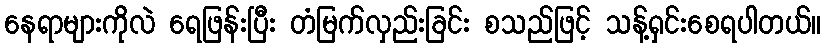
နေရာများကိုလဲ ရေဖြန်းပြီး တံမြက်လှည်းခြင်း စသည်ဖြင့် သန့်ရှင်းစေရပါတယ်။